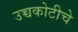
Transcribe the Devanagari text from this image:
उच्चकोटीचे